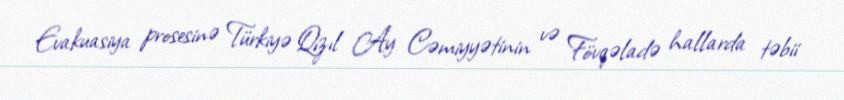
Evakuasiya prosesinə Türkiyə Qızıl Ay Cəmiyyətinin və Fövqəladə hallarda təbii